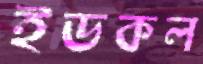
ইডকল